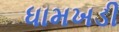
ધામખડી